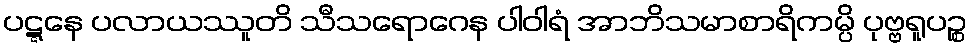
ပဋ္ဋနေ ပလာယဿူတိ သီသရောဂေန ပါဝါရံ အာဘိသမာစာရိကမ္ပိ ပုဗ္ဗရူပဉ္စ